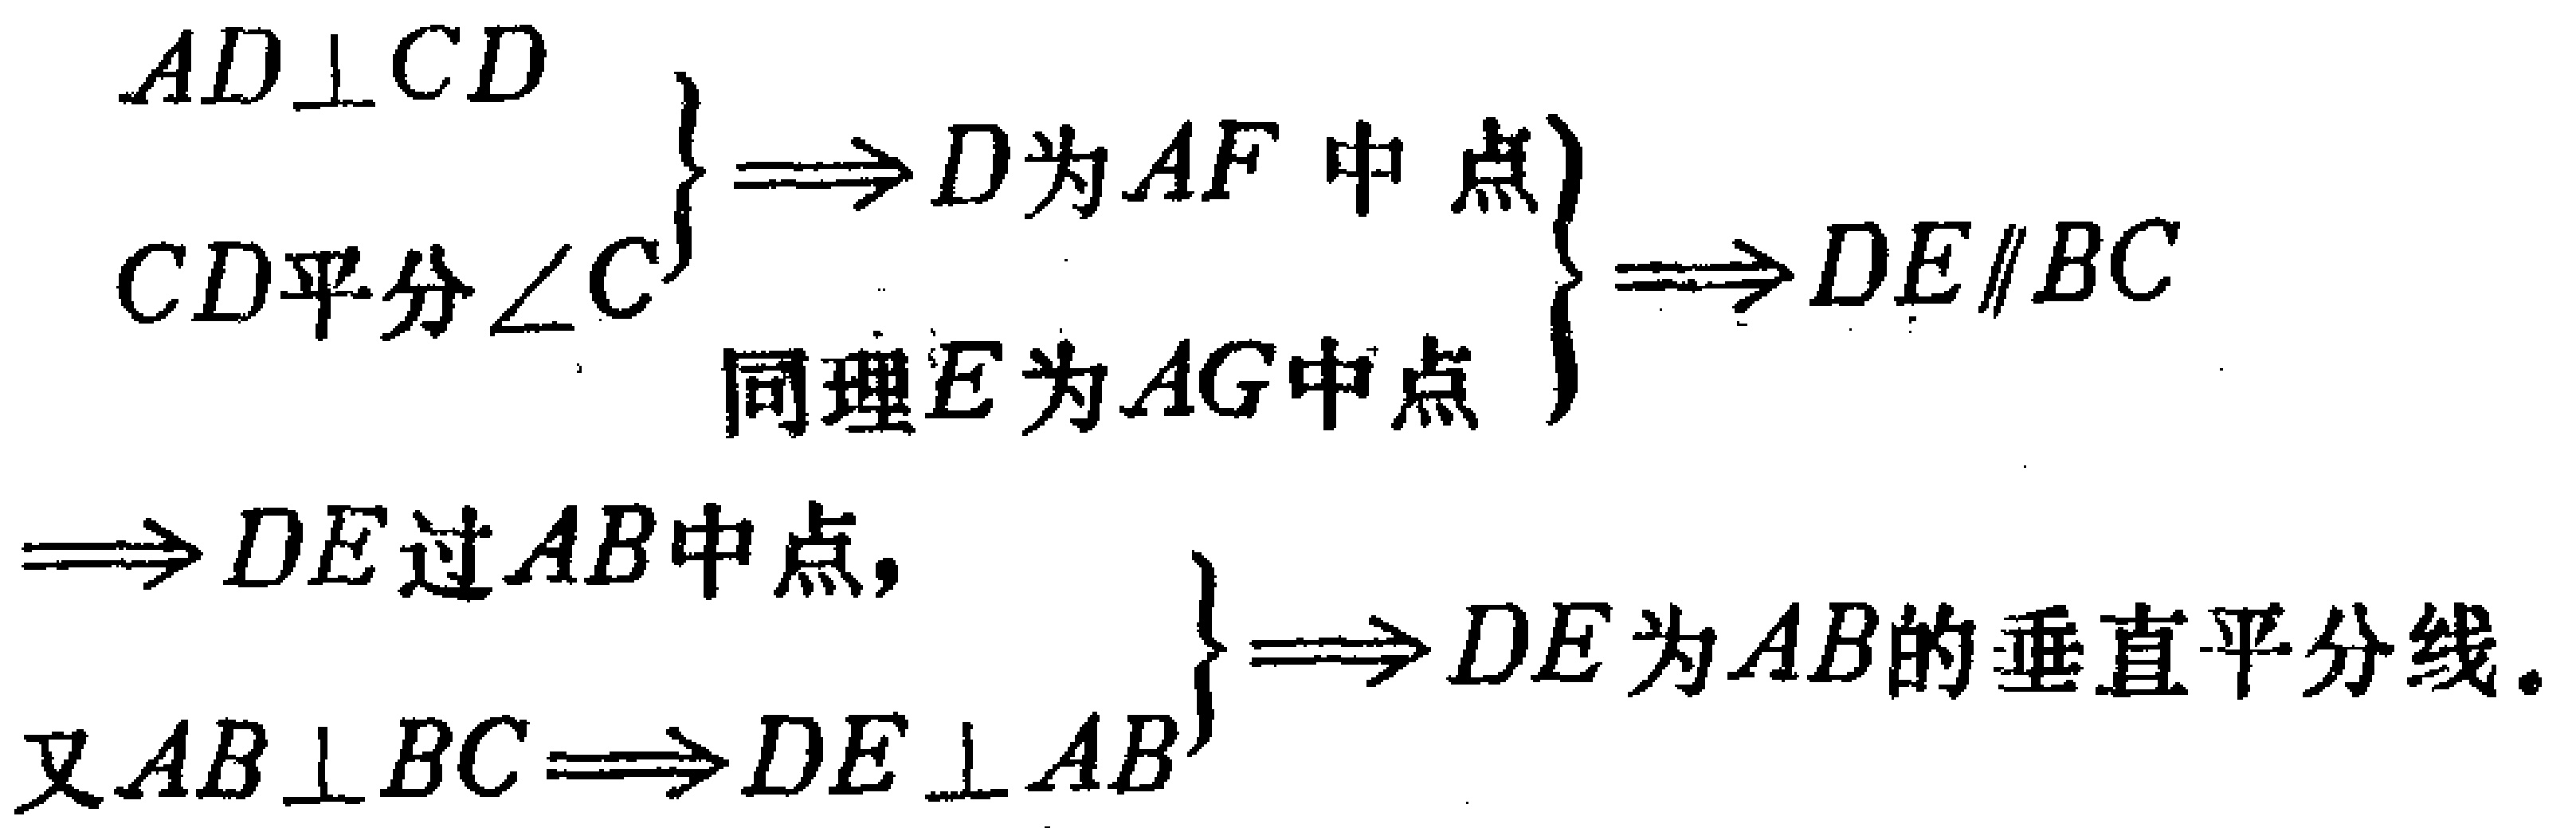
\begin{align*}
&\left.\begin{array}{l}
AD\perp CD \\
CD\text{平分}\angle C
\end{array}\right\}
\Longrightarrow D\text{为}AF\text{中点}\\
&\left.\begin{array}{l}
\text{同理}E\text{为}AG\text{中点}
\end{array}\right\}
\Longrightarrow DE\parallel BC\\
&\left.\begin{array}{l}
\Longrightarrow DE\text{过}AB\text{中点}, \\
\text{又}AB\perp BC\Longrightarrow DE\perp AB
\end{array}\right\}
\Longrightarrow DE\text{为}AB\text{的垂直平分线}.
\end{align*}